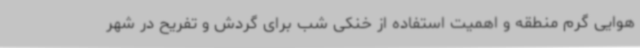
هوایی گرم منطقه و اهمیت استفاده از خنکی شب برای گردش و تفریح در شهر